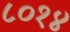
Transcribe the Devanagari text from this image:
८०१४